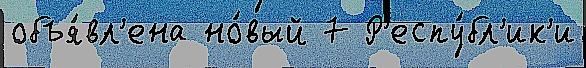
объя́вл'ена но́вый 7 Р'еспу́бл'ик'и